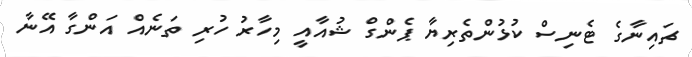
ޗައިނާގެ ޓެނިސް ކުޅުންތެރިޔާ ޕެންގް ޝުއާއީ މިހާރު ހުރި ތަނެއް އަންގާ އޭނާ